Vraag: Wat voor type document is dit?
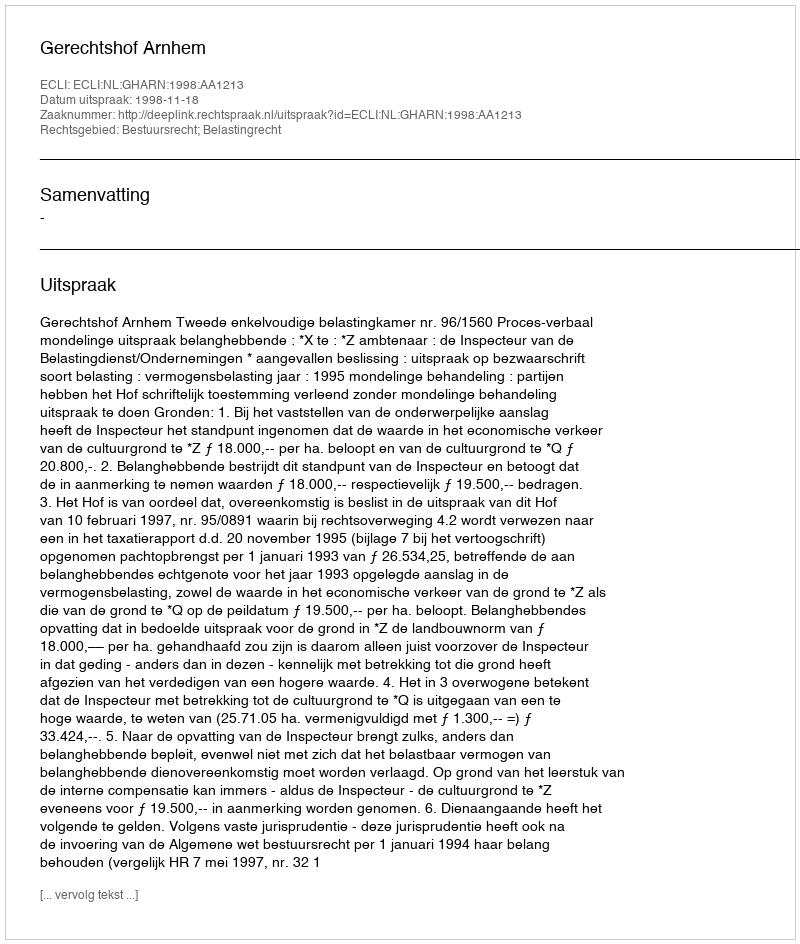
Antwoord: Uitspraak